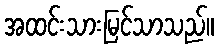
အထင်းသားမြင်သာသည်။